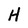
Character: H